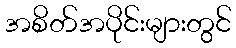
အစိတ်အပိုင်းများတွင်